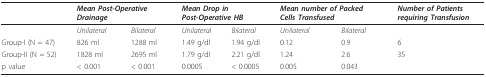
|  | <COLSPAN=2> Mean Post-Operative Drainage | <COLSPAN=2> Mean Drop in Post-Operative HB | <COLSPAN=2> Mean number of Packed Cells Transfused | Number of Patients requiring Transfusion |
 | --- | --- | --- | --- | --- | --- | --- | --- |
 |  | Unilateral | Bilateral | Unilateral | Bilateral | Unilateral | Bilateral |  |
 | Group-I (N = 47) | 826 ml | 1288 ml | 1.49 g/dl | 1.94 g/dl | 0.12 | 0.9 | 6 |
 | Group-II (N = 52) | 1828 ml | 2695 ml | 1.79 g/dl | 2.21 g/dl | 1.24 | 2.6 | 35 |
 | p value | < 0.001 | < 0.001 | 0.0005 | < 0.0005 | 0.005 | 0.043 |  |